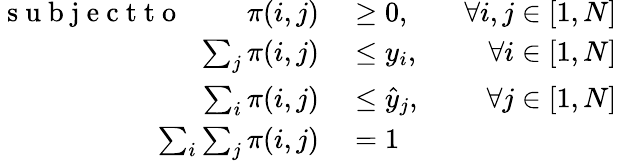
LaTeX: \begin{array}{rlr}{\mathrm{~s~u~b~j~e~c~t~t~o~}~~~~~~~~~\pi(i,j)}&{{}\geq 0,~~~}&{\forall i,j\in[1,N]}\\ {\sum_{j}\pi(i,j)}&{{}\leq y_{i},~~}&{\forall i\in[1,N]}\\ {\sum_{i}\pi(i,j)}&{{}\leq\hat{y}_{j},~~}&{\forall j\in[1,N]}\\ {\sum_{i}\sum_{j}\pi(i,j)}&{{}=1~~}&{}\end{array}